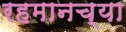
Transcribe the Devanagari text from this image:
रहमानच्या